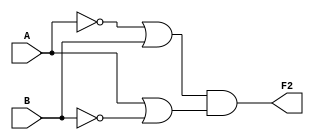
`timescale 1ns / 1ps
//////////////////////////////////////////////////////////////////////////////////
// Company: 
// Engineer: 
// 
// Design Name: 
// Module Name: Circuit2
// Project Name: 
// Target Devices: 
// Tool Versions: 
// Description: 
// 
// Dependencies: 
// 
// Revision:
// Revision 0.01 - File Created
// Additional Comments:
// 
//////////////////////////////////////////////////////////////////////////////////


module Circuit2(
    input A,
    input B,
    output F2
    );
    
    
    //bitwise and: &
    //bitwise or: |
    //bitwise negation: ~
    //F2 = (A'+b) & (A + B')
    
    assign F2 = (~A | B) & (A | ~B);
    
//    always@(A, B) begin
//        case({A,B})
//            2'b00: F2 = 1'b1;
//            2'b01: F2 = 1'b0;
//            2'b10: F2 = 1'b0;
//            2'b11: F2 = 1'b1;
//        endcase

//    end
    
endmodule